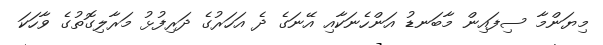
މިޔަންމާ ސިފައިން މާބަނޑު އަންހެނަކާއި އޭނަގެ ދެ އަހަރުގެ ދަރިފުޅު މަރާލިގޮތުގެ ވާހަކަ